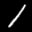
Label: 1